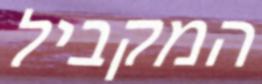
המקביל